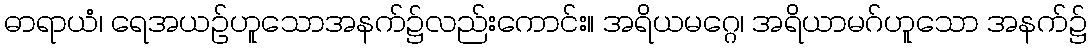
ဓာရာယံ၊ ရေအယဉ်ဟူသောအနက်၌လည်းကောင်း။ အရိယမဂ္ဂေ၊ အရိယာမဂ်ဟူသော အနက်၌